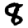
Digit: 8